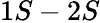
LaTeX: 1S-2S